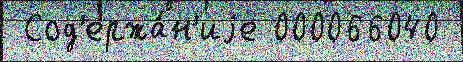
 Сод'ержа́н'иjе 000066040